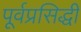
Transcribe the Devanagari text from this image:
पूर्वप्रसिद्धी